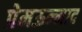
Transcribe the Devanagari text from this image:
प्रेमऊन्माद